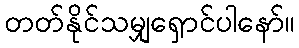
တတ်နိုင်သမျှရှောင်ပါနော်။